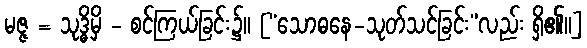
မဇ္ဇ = သုဒ္ဓိမှိ - စင်ကြယ်ခြင်း၌။ [“သောဓနေ-သုတ်သင်ခြင်း”လည်း ရှိ၏။]